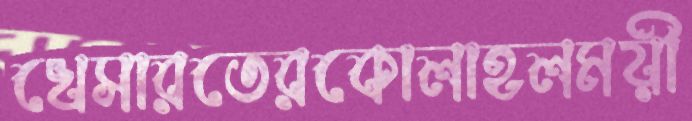
খেসারতেরকোলাহলময়ী